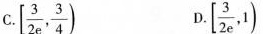
$$[ \frac { 3 } { 2 e } , \frac { 3 } { 4 } )$$ $$[ \frac { 3 } { 2 e } , 1 )$$